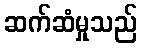
ဆက်ဆံမှုသည်